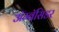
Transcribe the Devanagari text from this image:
अॅम्बॅसिडर